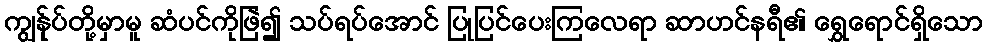
ကျွန်ုပ်တို့မှာမူ ဆံပင်ကိုဖြဲ၍ သပ်ရပ်အောင် ပြုပြင်ပေးကြလေရာ ဆာဟင်နရီ၏ ရွှေရောင်ရှိသော